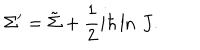
\Sigma ^ { \prime } = \tilde { \Sigma } + { \frac { 1 } { 2 } } i \hbar \ln \, J .